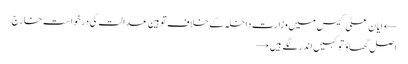
← ایان علی کیس میں وزارت داخلہ کے خلاف توہین عدالت کی درخواست خارج
اصل گھاؤ تو کہیں اندر لگے ہیں →